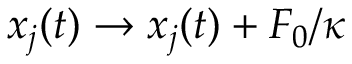
x _ { j } ( t ) \rightarrow x _ { j } ( t ) + F _ { 0 } / \kappa